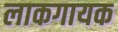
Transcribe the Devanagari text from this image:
लाकगायक